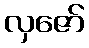
လှဇော်